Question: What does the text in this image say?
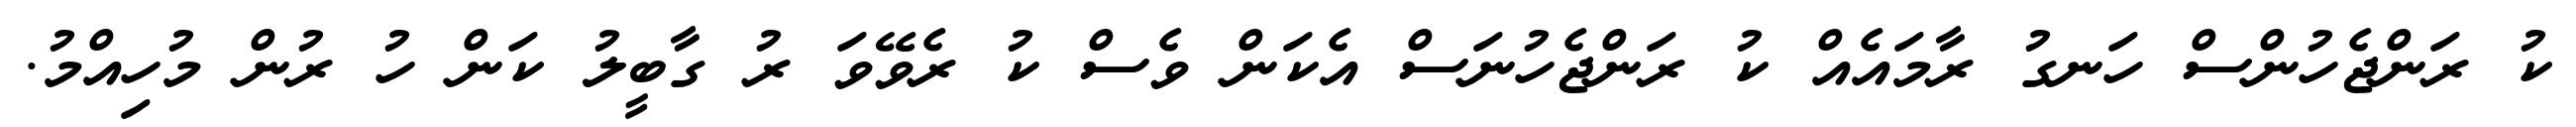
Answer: ކު ރަންޖެހުންސް ހަނގު ރާމައެއް ކު ރަންޖެހުނަސް އެކަން ވެސް ކު ރެވޭވަ ރު ގާބީލު ކަން ހު ރުން މުހިއްމު.